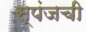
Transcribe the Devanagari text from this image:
स्पंजची